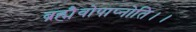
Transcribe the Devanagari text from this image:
ब्रह्मैवोपाप्नोति।।